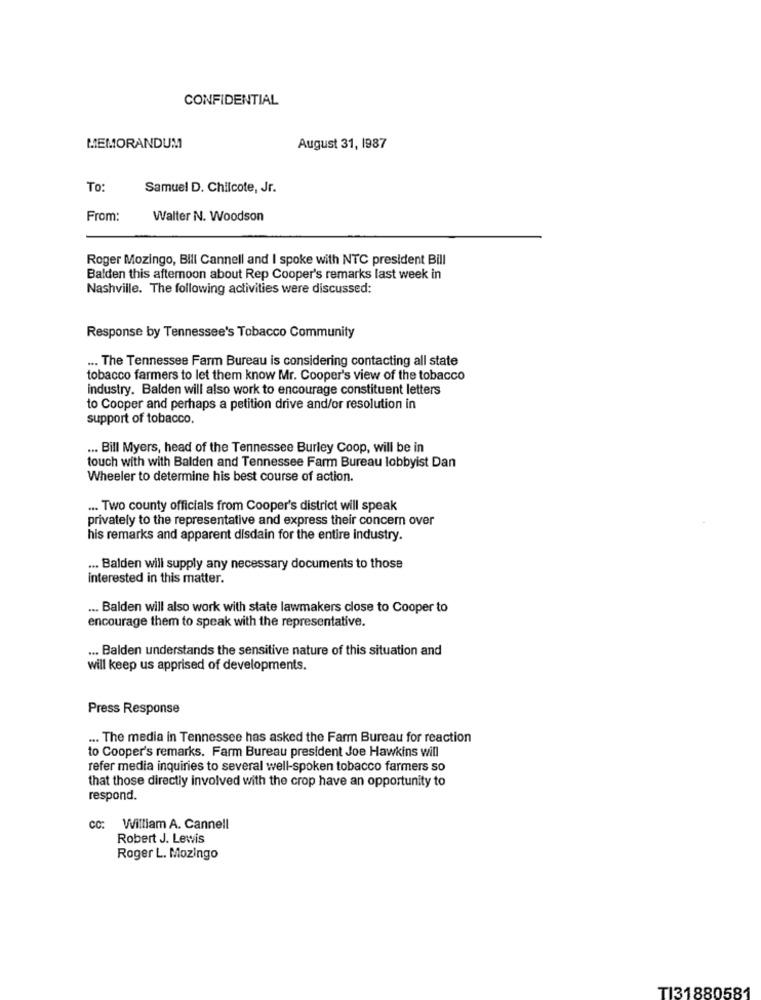
CONFIDENTIAL
MEMORANDUM
August 31, 1987
To:
Samuel D. Chilcote, Jr.
From:
Walter N. Woodson
Roger Mozingo, Bill Cannell and I spoke with NTC president Bill
Balden this afternoon about Rep Cooper's remarks last week in
Nashville. The following activities were discussed:
Response by Tennessee's Tobacco Community
... The Tennessee Farm Bureau is considering contacting all state
tobacco farmers to let them know Mr. Cooper's view of the tobacco
industry. Balden will also work to encourage constituent letters
to Cooper and perhaps a petition drive and/or resolution in
support of tobacco.
... Bill Myers, head of the Tennessee Burley Coop, will be in
touch with with Balden and Tennessee Farm Bureau lobbyist Dan
Wheeler to determine his best course of action.
... Two county officials from Cooper's district will speak
privately to the representative and express their concern over
his remarks and apparent disdain for the entire industry.
... Balden will supply any necessary documents to those
Interested in this matter.
... Balden will also work with state lawmakers close to Cooper to
encourage them to speak with the representative.
... Balden understands the sensitive nature of this situation and
will keep us apprised of developments.
Press Response
... The media in Tennessee has asked the Farm Bureau for reaction
to Cooper's remarks. Farm Bureau president Joe Hawkins will
refer media inquiries to several well-spoken tobacco farmers so
that those directly involved with the crop have an opportunity to
respond.
CC: William A. Cannell
Robert J. Lewis
Roger L. Mozingo
TI31880581